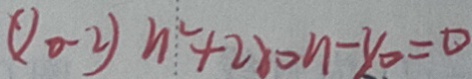
( 1 0 - 2 ) n ^ { 2 } + 2 x _ { 0 } n - y _ { 0 } = 0